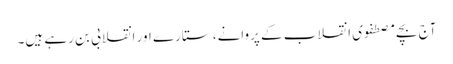
آج بچے مصطفوی انقلاب کے پروانے، ستارے اور انقلابی بن رہے ہیں۔